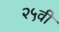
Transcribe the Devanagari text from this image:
२५वी